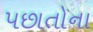
પછાતોના